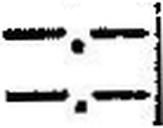
—.—